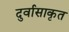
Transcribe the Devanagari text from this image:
दुर्वासाकृत